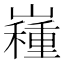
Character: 𡽯